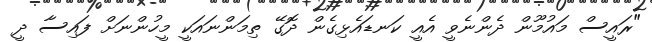
"ރައީސް މައުމޫން ދެންނެވީ އެއީ ކަނޑައެޅިގެން ދޮގޭ ތިމަންނައަކީ މީހުންނަށް ފައިސާ ދީ